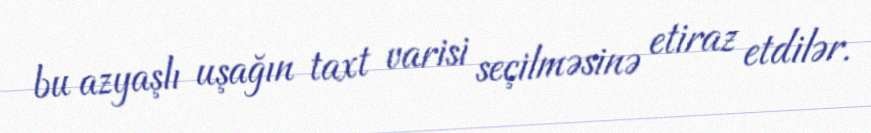
bu azyaşlı uşağın taxt varisi seçilməsinə etiraz etdilər.